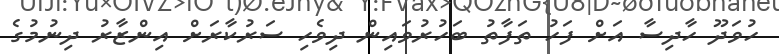
ހުވަދޫ ހާދިސާ އަށް ފަހު ތަފާތު ބަހުރުވައިން ދިވެހި ސަރުކާރަށް އިންޒާރު ދިނުމުގެ